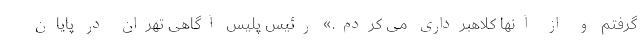
گرفتم و از آنها کلاهبرداری می کردم.» رئیس پلیس آگاهی تهران در پایان